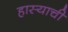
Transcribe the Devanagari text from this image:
हास्याची